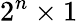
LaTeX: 2^{n}\times 1